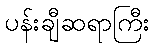
ပန်းချီဆရာကြီး